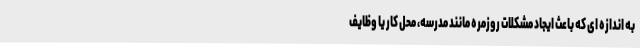
به اندازه ای که باعث ایجاد مشکلات روزمره مانند مدرسه، محل کار یا وظایف